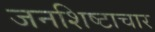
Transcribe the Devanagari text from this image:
जनशिष्टाचार